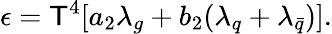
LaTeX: \epsilon=\mathsf{T}^{4}[a_{2}\lambda_{g}+b_{2}(\lambda_{q}+\lambda_{\bar{{q}}})].